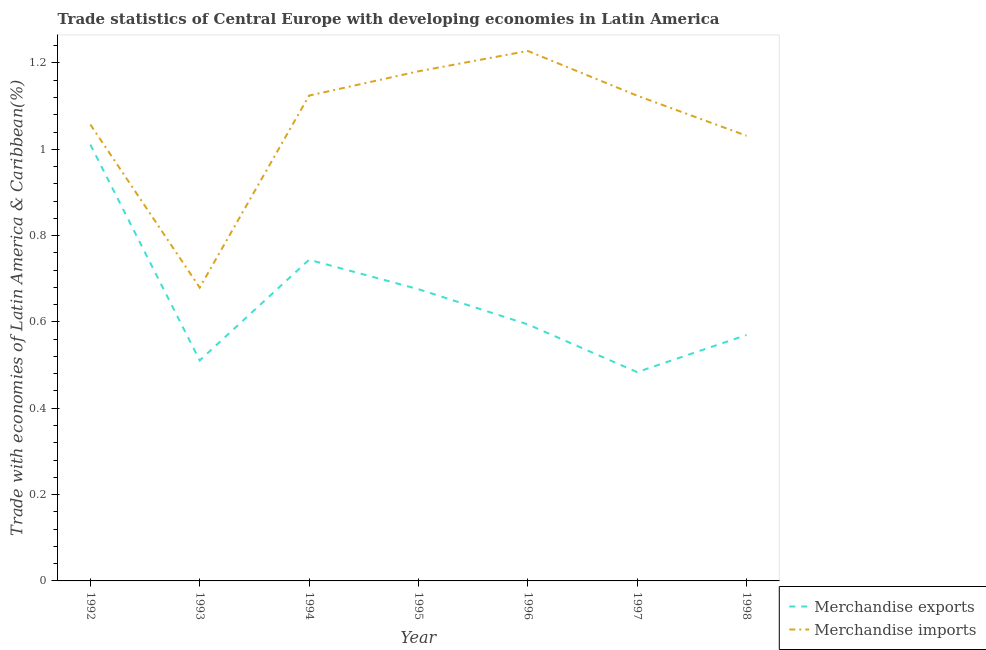
| Year | Merchandise exports | Merchandise imports |
 | --- | --- | --- |
 | 1992 | 1.01 | 1.06 |
 | 1993 | 0.511 | 0.68 |
 | 1994 | 0.744 | 1.12 |
 | 1995 | 0.676 | 1.18 |
 | 1996 | 0.594 | 1.23 |
 | 1997 | 0.484 | 1.12 |
 | 1998 | 0.57 | 1.03 |